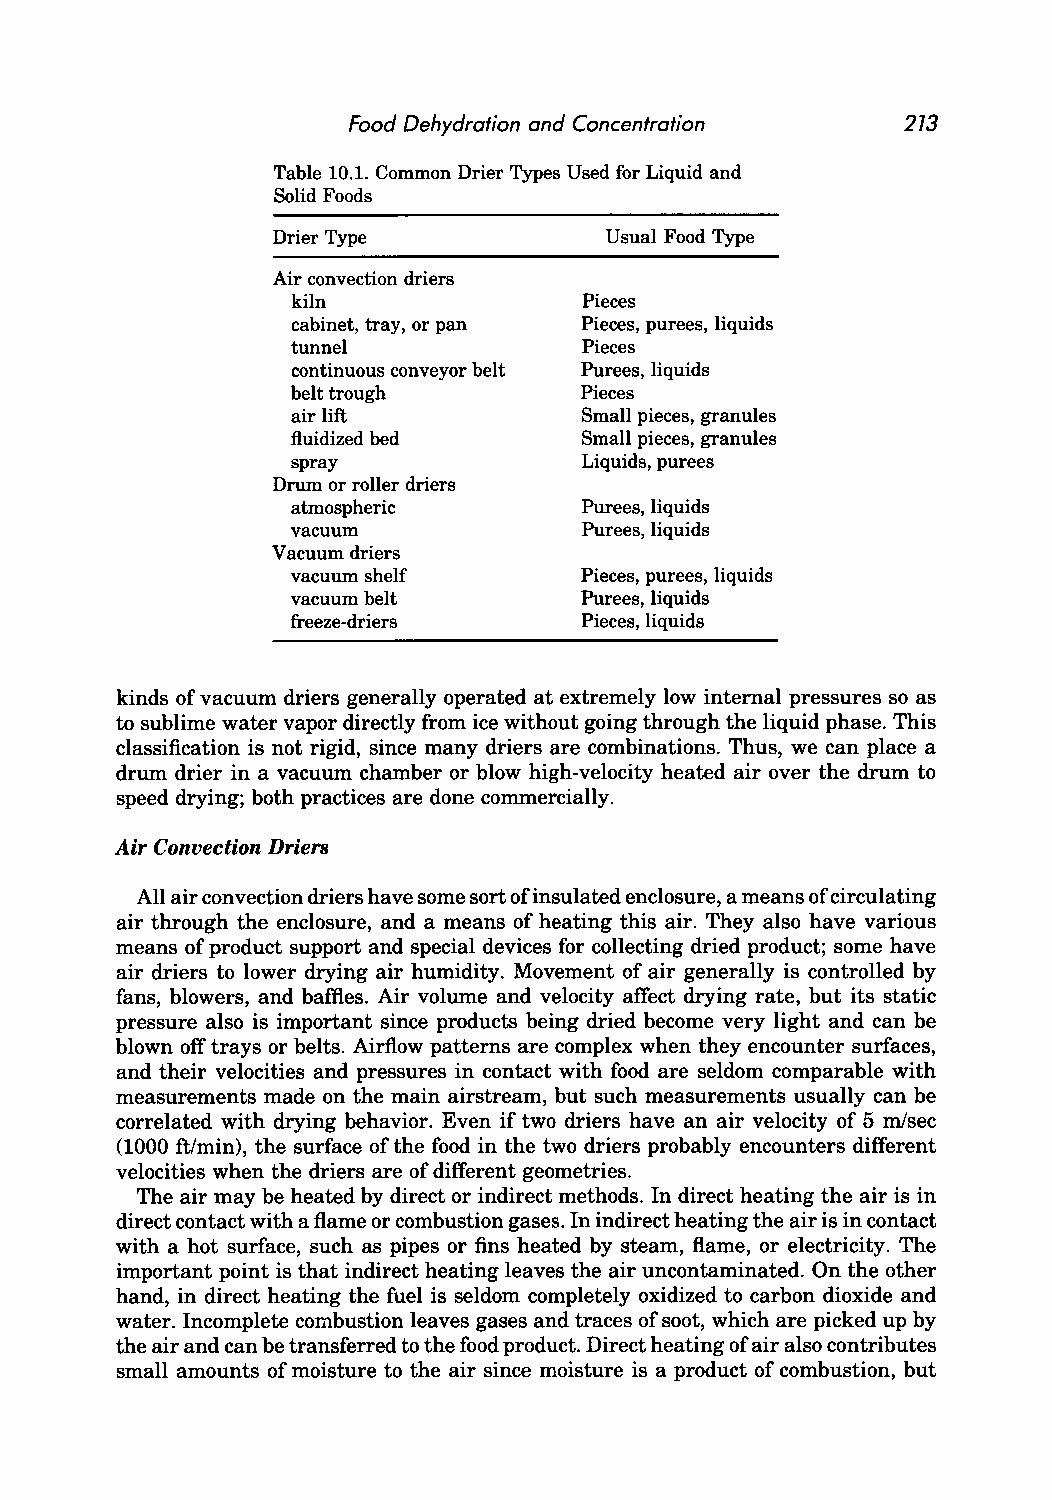
Food Dehydration and Concentration   273
 Table 10.1. Common Drier Types Used for Liquid and
 Solid Foods
 Drier Type            Usual Food Type
 Air convection driers
 kiln                Pieces
 cabinet, tray, or pan Pieces, purees, liquids
 tunnel              Pieces
 continuous conveyor belt Purees, liquids
 belt trough        Pieces
 air lift            Small pieces, granules
 fluidized bed       Small pieces, granules
 spray               Liquids, purees
 Drum or roller driers
 atmospheric         Purees, liquids
 vacuum              Purees, liquids
 Vacuum driers
 vacuum shelf       Pieces, purees, liquids
 vacuum belt        Purees, liquids
 freeze-driers       Pieces, liquids
 kinds of vacuum driers generally operated at extremely low internal pressures so as
 to sublime water vapor directly from ice without going through the liquid phase. This
 classification is not rigid, since many driers are combinations. Thus, we can place a
 drum drier in a vacuum chamber or blow high-velocity heated air over the drum to
 speed drying; both practices are done commercially.
 Air Convection Driers
 All air convection driers have some sort ofinsulated enclosure, a means of circulating
 air through the enclosure, and a means of heating this air. They also have various
 means of product support and special devices for collecting dried product; some have
 air driers to lower drying air humidity. Movement of air generally is controlled by
 fans, blowers, and baffles. Air volume and velocity affect drying rate, but its static
 pressure also is important since products being dried become very light and can be
 blown off trays or belts. Airflow patterns are complex when they encounter surfaces,
 and their velocities and pressures in contact with food are seldom comparable with
 measurements made on the main airstream, but such measurements usually can be
 correlated with drying behavior. Even if two driers have an air velocity of 5 mlsec
 (1000 ftimin), the surface of the food in the two driers probably encounters different
 velocities when the driers are of different geometries.
 The air may be heated by direct or indirect methods. In direct heating the air is in
 direct contact with a flame or combustion gases. In indirect heating the air is in contact
 with a hot surface, such as pipes or fins heated by steam, flame, or electricity. The
 important point is that indirect heating leaves the air uncontaminated. On the other
 hand, in direct heating the fuel is seldom completely oxidized to carbon dioxide and
 water. Incomplete combustion leaves gases and traces of soot, which are picked up by
 the air and can be transferred to the food product. Direct heating of air also contributes
 small amounts of moisture to the air since moisture is a product of combustion, but